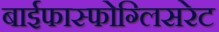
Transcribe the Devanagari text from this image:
बाईफास्फोग्लिसरेट